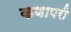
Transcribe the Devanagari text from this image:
कणापरी